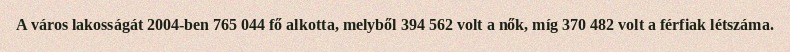
A város lakosságát 2004-ben 765 044 fő alkotta, melyből 394 562 volt a nők, míg 370 482 volt a férfiak létszáma.